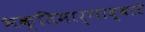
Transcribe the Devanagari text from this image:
भक्तिमार्गाद्वारे